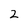
Character: 2